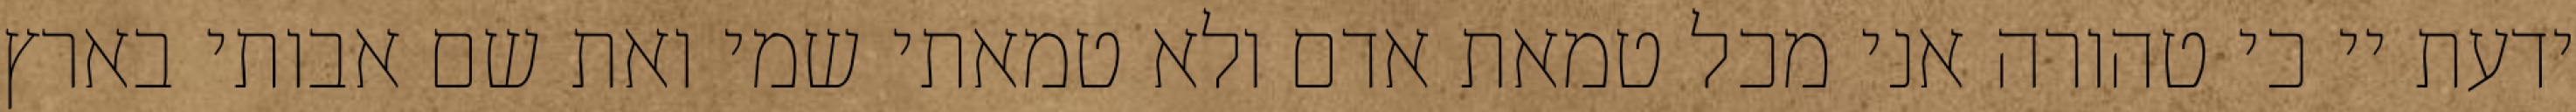
ידעת יי כי טהורה אני מכל טמאת אדם ולא טמאתי שמי ואת שם אבותי בארץ